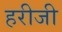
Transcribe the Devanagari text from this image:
हरीजी